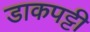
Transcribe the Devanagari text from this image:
डाकपट्टी